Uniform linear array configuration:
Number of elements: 24
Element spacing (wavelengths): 0.75
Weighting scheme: hann
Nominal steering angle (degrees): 45
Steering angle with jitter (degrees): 43.391
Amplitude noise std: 0.05
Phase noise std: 0.05

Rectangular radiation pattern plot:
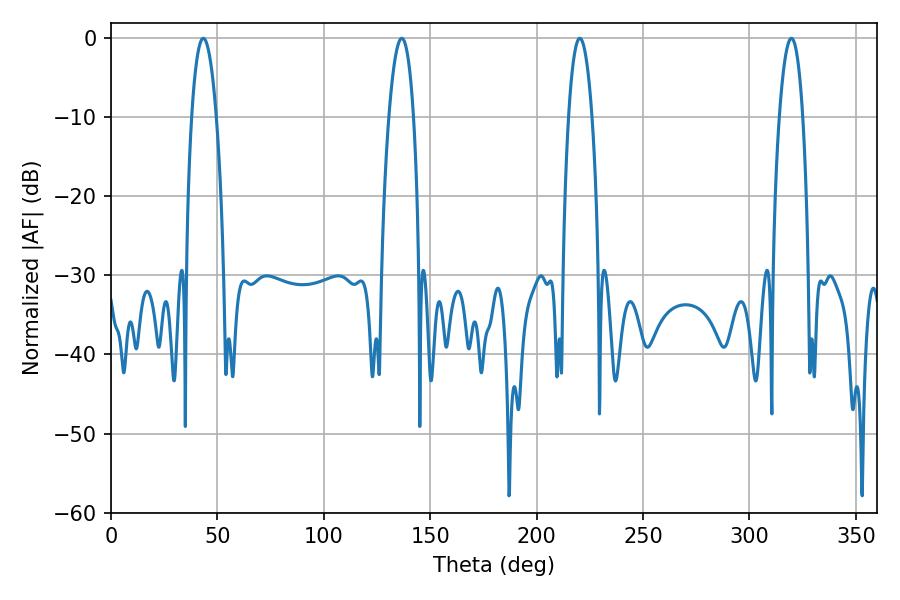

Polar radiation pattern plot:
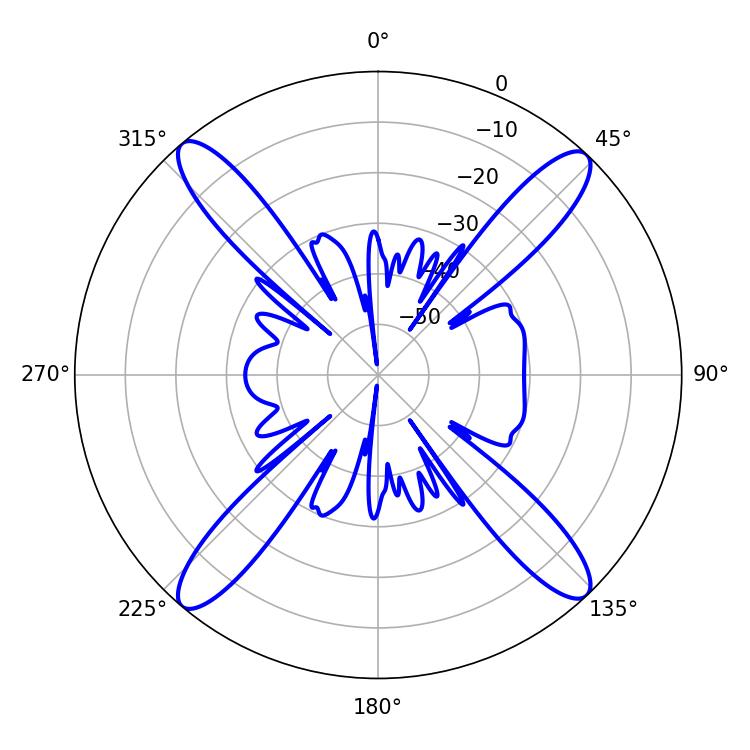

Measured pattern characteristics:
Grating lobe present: TRUE
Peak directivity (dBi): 20.494
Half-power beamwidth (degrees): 6.3
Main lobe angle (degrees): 43.38